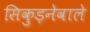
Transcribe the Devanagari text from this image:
सिकुड़नेवाले